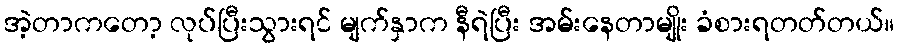
အဲ့တာကတော့ လုပ်ပြီးသွားရင် မျက်နှာက နီရဲပြီး အမ်းနေတာမျိုး ခံစားရတတ်တယ်။